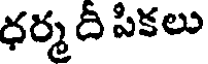
ధర్మ దీ పికలు